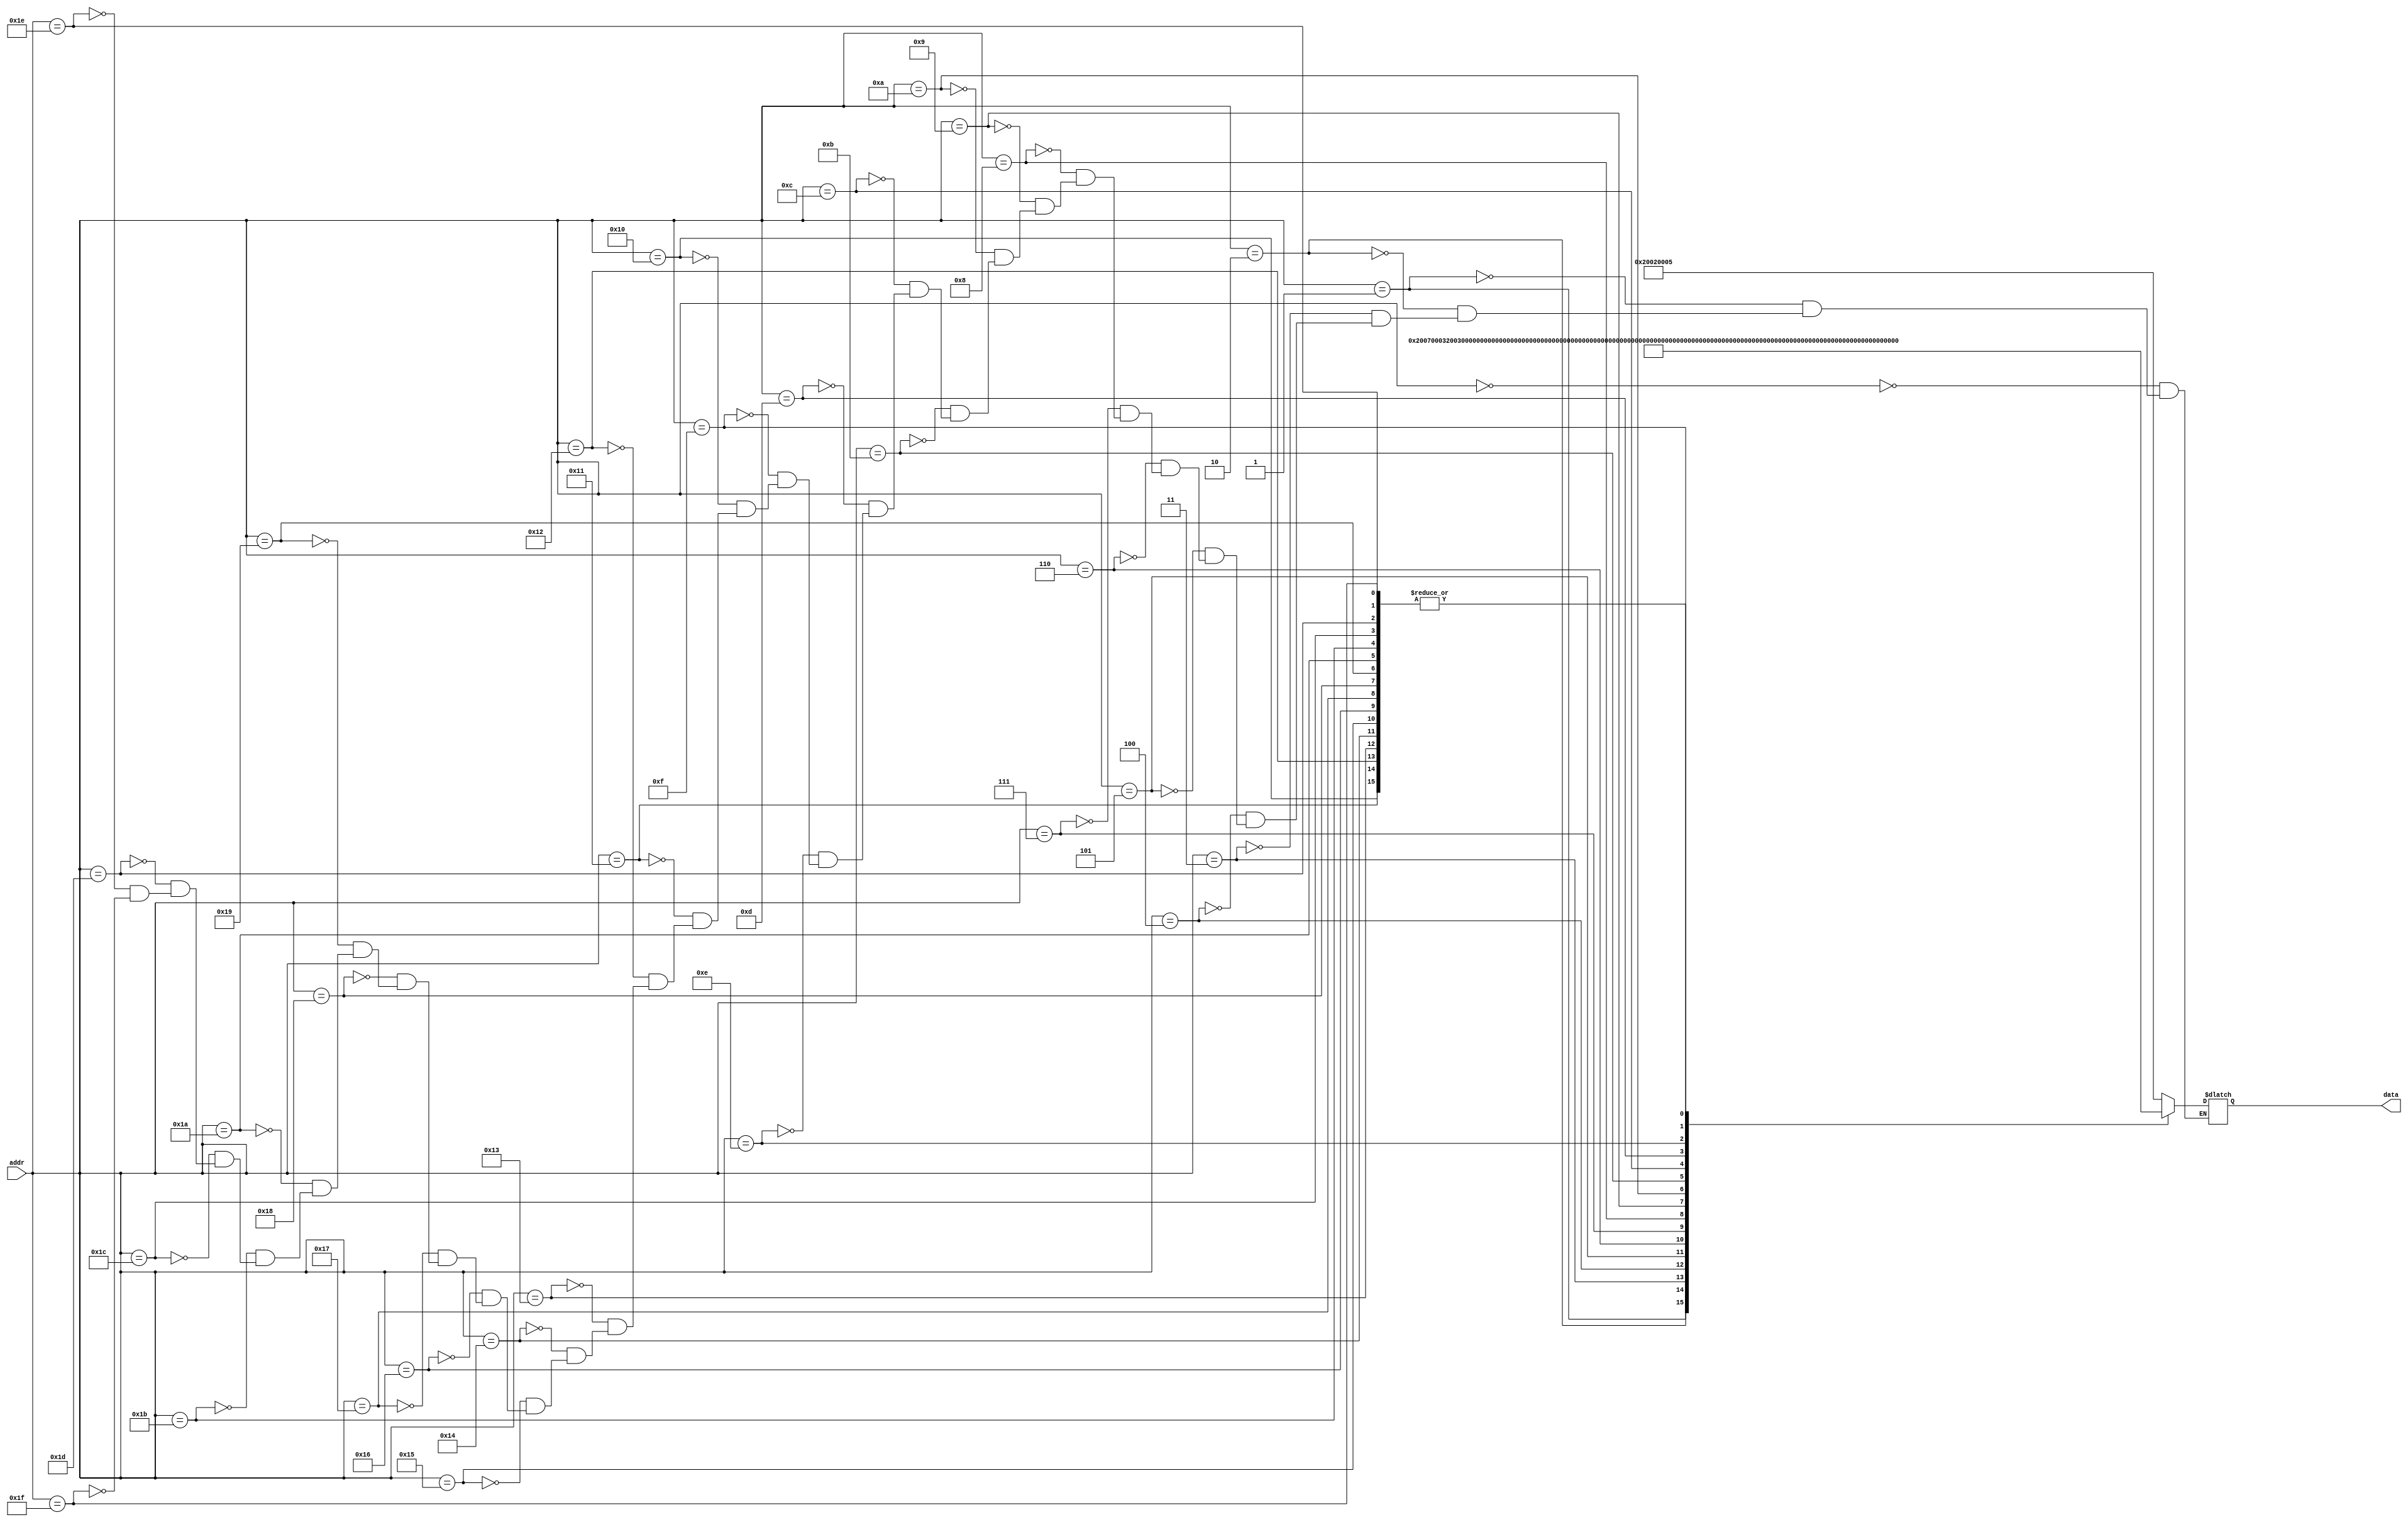
module instrmem (
	input  [ 5:0] addr,
	output [31:0] data
);

	reg [31:0] data;

	//Holds the instructions to be run here. Supports up to 32 instructions.
	always @(addr) begin
		case(addr)
			00 : data = 32'h20020005;
			01 : data = 32'h20070003;
			02 : data = 32'h2003000c;
			03 : data = 32'h00e22025;
			04 : data = 32'h00642824;
			05 : data = 32'h00a42820;
			06 : data = 32'h10a70008;
			07 : data = 32'h0064302a;
			08 : data = 32'h10c00001;
			09 : data = 32'h2005000a;
			10 : data = 32'h00e2302a;
			11 : data = 32'h00c53820;
			12 : data = 32'h00e23822;
			13 : data = 32'h0800000f;
			14 : data = 32'h8c070000;
			15 : data = 32'hac470047;
			16 : data = 32'h00000000;
			17 : data = 32'h00000000;
			18 : data = 32'h00000000;
			19 : data = 32'h00000000;
			20 : data = 32'h00000000;
			21 : data = 32'h00000000;
			22 : data = 32'h00000000;
			23 : data = 32'h00000000;
			24 : data = 32'h00000000;
			25 : data = 32'h00000000;
			26 : data = 32'h00000000;
			27 : data = 32'h00000000;
			28 : data = 32'h00000000;
			29 : data = 32'h00000000;
			30 : data = 32'h00000000;
			31 : data = 32'h00000000;
		endcase
	end

endmodule